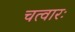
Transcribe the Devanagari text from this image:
चत्वारः